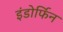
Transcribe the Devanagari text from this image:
इंडोर्फिन